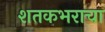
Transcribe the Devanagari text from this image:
शतकभराचा